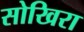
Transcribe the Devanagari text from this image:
सोखिरा